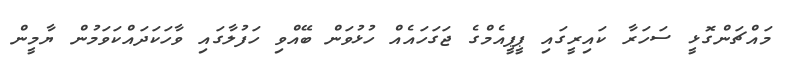
މައްޗަންގޮޅީ ސަހަރާ ކައިރީގައި ޕީޕީއެމްގެ ޖަގަހައެއް ހުޅުވަން ބޭއްވި ހަފުލާގައި ވާހަކަދައްކަވަމުން ޔާމީން